Report on sanitation, dispensaries, and jails in Rajputana for 1915, and on vaccination for the year 1915-1916 - 1915-1916
Year: 1915
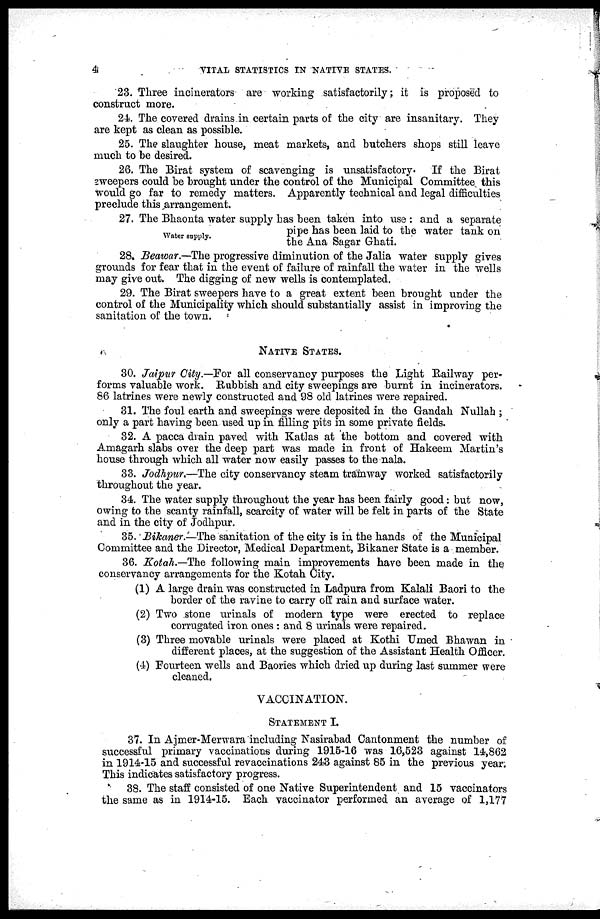
4
VITAL STATISTICS IN NATIVE STATES.
23. Three incinerators are working satisfactorily; it is proposed to
construct more.
24. The covered drains in certain parts of the city are insanitary. They
are kept as clean as possible.
25. The slaughter house, meat markets, and butchers shops still leave
much to be desired.
26. The Birat system of scavenging is unsatisfactory.
If the Birat
sweepers could be brought under the control of the Municipal Committee this
would go far to remedy matters. Apparently technical and legal difficulties
preclude this arrangement.
Water supply.
27. The Bhaonta water supply has been taken into use : and a separate
pipe has been laid to the water tank on
the Ana Sagar Ghati.
28. Beawar.—The progressive diminution of the Jalia water supply gives
grounds for fear that in the event of failure of rainfall the water in the wells
may give out. The digging of new wells is contemplated.
29. The Birat sweepers have to a great extent been brought under the
control of the Municipality which should substantially assist in improving the
sanitation of the town.
NATIVE STATES.
30. Jaipur City.—For all conservancy purposes the Light Railway per-
forms valuable work. Rubbish and city sweepings are burnt in incinerators.
86 latrines were newly constructed and 98 old latrines were repaired.
31. The foul earth and sweepings were deposited in the Gandah Nullah ;
only a part having been used up in filling pits in some private fields.
32. A pacca drain paved with Katlas at the bottom and covered with
Amagarh slabs over the deep part was made in front of Hakeem Martin's
house through which all water now easily passes to the nala.
33. Jodhpur.—The city conservancy steam tramway worked satisfactorily
throughout the year.
34. The water supply throughout the year has been fairly good: but now,
owing to the scanty rainfall, scarcity of water will be felt in parts of the State
and in the city of Jodhpur.
35. Bikaner.—The sanitation of the city is in the hands of the Municipal
Committee and the Director, Medical Department, Bikaner State is a member.
36. Kotah.—The following main improvements have been made in the
conservancy arrangements for the Kotah City.
(1) A large drain was constructed in Ladpura from Kalali Baori to the
border of the ravine to carry off rain and surface water.
(2) Two stone urinals of modern type were erected to replace
corrugated iron ones : and 8 urinals were repaired.
(3) Three movable urinals were placed at Kothi Umed Bhawan in
different places, at the suggestion of the Assistant Health Officer.
(4) Fourteen wells and Baories which dried up during last summer were
cleaned.
VACCINATION.
STATEMENT I.
37. In Ajmer-Merwara including Nasirabad Cantonment the number of
successful primary vaccinations during 1915-16 was 16,523 against 14,862
in 1914-15 and successful revaccinations 243 against 85 in the previous year.
This indicates satisfactory progress.
38. The staff consisted of one Native Superintendent and 15 vaccinators
the same as in 1914-15. Each vaccinator performed an average of 1,177